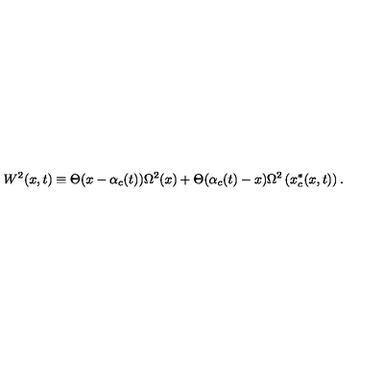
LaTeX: W ^ { 2 } ( x , t ) \equiv \Theta ( x - \alpha _ { c } ( t ) ) \Omega ^ { 2 } ( x ) + \Theta ( \alpha _ { c } ( t ) - x ) \Omega ^ { 2 } \left( x _ { c } ^ { * } ( x , t ) \right) .